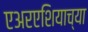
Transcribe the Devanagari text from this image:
एअरएशियाच्या